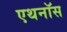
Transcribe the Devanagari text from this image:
एथनॉस